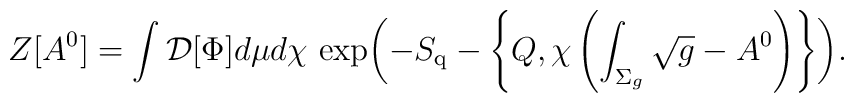
Z[A^{0}] = \int {\cal D}[\Phi]d\mu d\chi \, \exp \biggl( -S_{{\rm q}} -\left\{ Q, \chi\left( \int_{\Sigma_{g}}\sqrt{g} - A^{0} \right) \right\}\biggr).